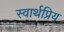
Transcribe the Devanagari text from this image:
स्वार्थप्रिय